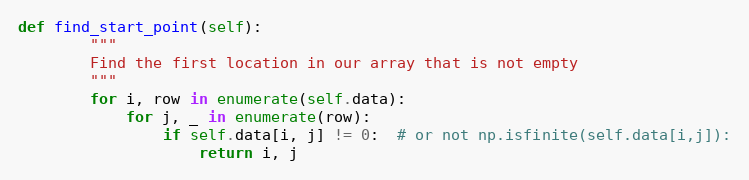
Language: Python
def find_start_point(self):
        """
        Find the first location in our array that is not empty
        """
        for i, row in enumerate(self.data):
            for j, _ in enumerate(row):
                if self.data[i, j] != 0:  # or not np.isfinite(self.data[i,j]):
                    return i, j